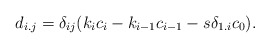
\begin{align*}d_{i.j}= \delta_{ij}(k_ic_i-k_{i-1}c_{i-1}-s\delta_{1.i} c_0).\end{align*}